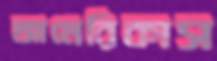
আমেরিকাস